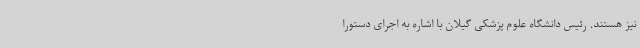
نیز هستند. رئیس دانشگاه علوم پزشکی گیلان با اشاره به اجرای دستورا